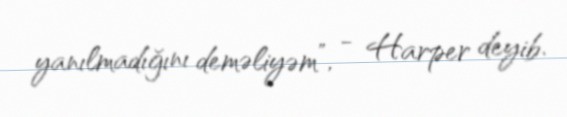
yanılmadığını deməliyəm”, - Harper deyib.